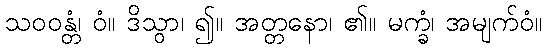
သဝဝန္တံ၊ ဝံ။ ဒိသွာ၊ ၍။ အတ္တနော၊ ၏။ မက္ခံ၊ အမျက်ဝံ။